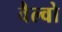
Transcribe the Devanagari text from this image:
वैल्वो